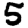
Digit: 5